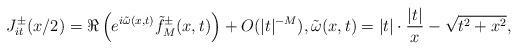
LaTeX: \begin{align*} J^{\pm}_{it}(x/2) = \Re \left( e^{i \tilde{\omega}(x, t)} \tilde{f}_M^{\pm}(x, t)\right) + O(|t|^{-M}), \tilde{\omega}(x, t) = |t| \cdot \frac{|t|}{x} - \sqrt{t^2 + x^2},\end{align*}